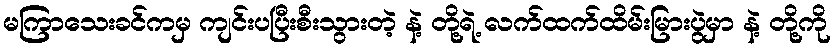
မကြာသေးခင်ကမှ ကျင်းပပြီးစီးသွားတဲ့ နဲ့ တို့ရဲ့ လက်ထက်ထိမ်းမြားပွဲမှာ နဲ့ တို့ကို